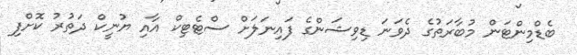
ބެޑްމިންޓަން މުބާރަތުގެ ދެވަނަ ޑިވިޝަންގެ ފައިނަލަށް ސްޓެޓިކް އާއި ޔުނީކް ދަތުރު ކޮށްފި